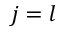
j = l